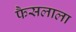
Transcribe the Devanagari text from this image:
फैसलाला